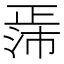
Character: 𬆃